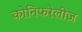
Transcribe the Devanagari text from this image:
कोनिफरेलीज़